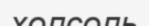
холсоль